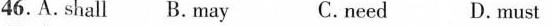
46.A.Shall B. May C.need D.Must